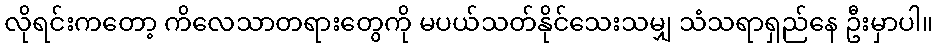
လိုရင်းကတော့ ကိလေသာတရားတွေကို မပယ်သတ်နိုင်သေးသမျှ သံသရာရှည်နေ ဦးမှာပါ။